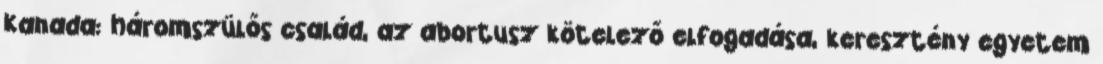
Kanada: háromszülős család, az abortusz kötelező elfogadása, keresztény egyetem